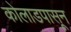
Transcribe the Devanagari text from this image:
कोलाडपासून